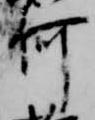
何